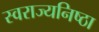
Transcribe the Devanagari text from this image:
स्वराज्यनिष्ठा